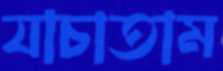
যাচাতাম